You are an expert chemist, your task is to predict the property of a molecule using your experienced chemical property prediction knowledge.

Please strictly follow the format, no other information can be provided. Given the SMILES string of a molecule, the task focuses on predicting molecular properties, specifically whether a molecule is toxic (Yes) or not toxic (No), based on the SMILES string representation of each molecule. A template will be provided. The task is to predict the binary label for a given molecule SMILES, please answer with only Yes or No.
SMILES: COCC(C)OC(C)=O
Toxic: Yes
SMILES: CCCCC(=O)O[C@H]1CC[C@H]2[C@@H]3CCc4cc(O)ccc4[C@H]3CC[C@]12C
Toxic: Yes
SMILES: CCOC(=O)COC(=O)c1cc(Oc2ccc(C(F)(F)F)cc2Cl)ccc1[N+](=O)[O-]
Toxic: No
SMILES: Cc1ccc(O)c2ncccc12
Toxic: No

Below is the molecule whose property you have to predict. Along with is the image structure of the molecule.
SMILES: Nc1ccn([C@H]2CC[C@@H](CO)O2)c(=O)n1
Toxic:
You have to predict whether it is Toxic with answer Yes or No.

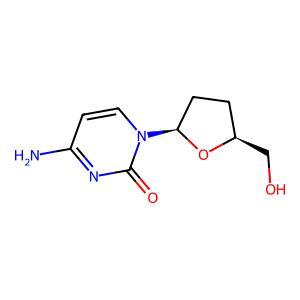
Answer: No